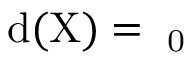
\mathrm { { { d } ( X ) = \aleph _ { 0 } } }